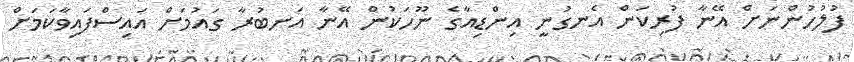
ފުލުހުންނަށް އޭނާ ފުރިކަން އެނގުނީ އިންޑިއާގެ ނޫހަކުން އޭނާ އަނބުރާ ގައުމަށް އައިސްފައިވާކަމަށް